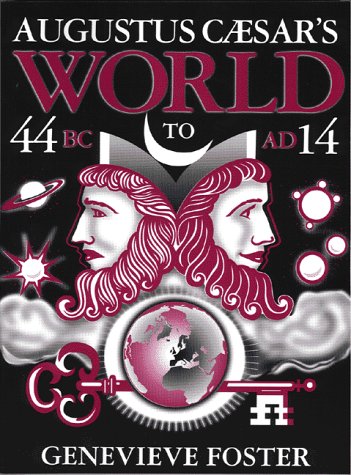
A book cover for Augustus Caesar's World; Genevieve Foster; Teen & Young Adult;